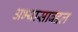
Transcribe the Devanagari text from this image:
अभ्यासाबद्दल